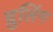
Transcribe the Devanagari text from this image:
ग्रुलिंग